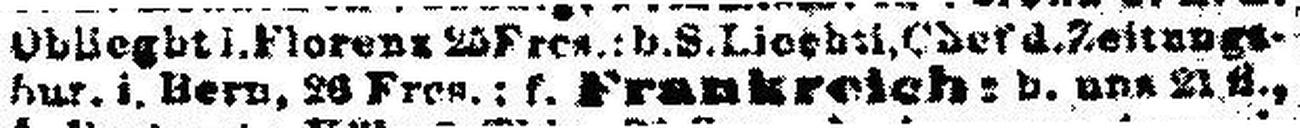
bur. i. Born, 26 Fres.; f. Frankreich: b. uns ###.,